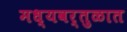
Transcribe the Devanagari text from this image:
मध्यवर्तुळात